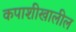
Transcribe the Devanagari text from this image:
कपाशीखालील